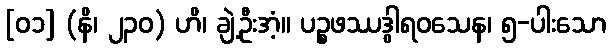
[၀၁] (နိ၊ ၂၃၀) ဟိ၊ ချဲ့ဦးအံ့။ ပဉ္စဖဿဒွါရဝသေန၊ ၅-ပါးသော